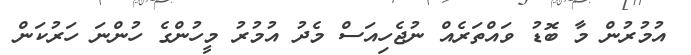
އުމުރުން މާ ބޮޑު ވައްތަރެއް ނުޖެހިއަސް މެދު އުމުރު މީހުންގެ ހުންނަ ހަރުކަން